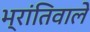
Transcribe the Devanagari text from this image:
भ्रांतिवाले